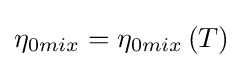
\eta _{0mix}=\eta _{0mix}\left(T\right)